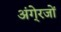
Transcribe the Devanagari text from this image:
अंगे्रजों